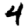
Digit: 4